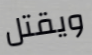
ويقتل